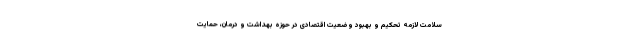
سلامت لازمه تحکیم و بهبود وضعیت اقتصادی در حوزه بهداشت و درمان، حمایت